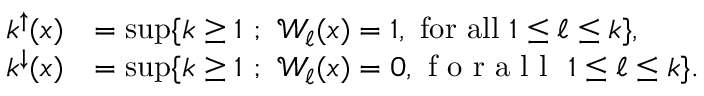
\begin{array} { r l } { k ^ { \uparrow } ( x ) } & { = \operatorname* { s u p } \{ k \ge 1 \ ; \ \mathcal { W } _ { \ell } ( x ) = 1 , \mathrm { ~ f o r ~ a l l } \ 1 \le \ell \le k \} , } \\ { k ^ { \downarrow } ( x ) } & { = \operatorname* { s u p } \{ k \ge 1 \ ; \ \mathcal { W } _ { \ell } ( x ) = 0 , \textrm { f o r a l l } \ 1 \le \ell \le k \} . } \end{array}